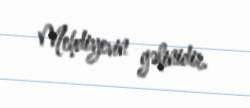
Mehdiyevin gəlinidir.